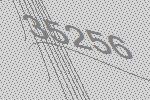
35256